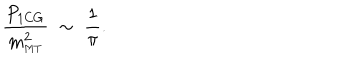
\frac { P _ { \mathrm { 1 C G } } } { m _ { \mathrm { \scriptscriptstyle { M T } } } ^ { 2 } } \; \sim \; \frac { 1 } { \pi } .